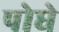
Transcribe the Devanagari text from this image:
पोघे